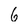
Character: 6